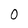
Character: 0